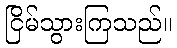
ငြိမ်သွားကြသည်။